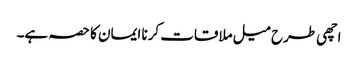
اچھی طرح میل ملاقات کرنا ایمان کا حصہ ہے۔